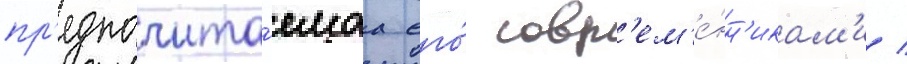
пр'едпочита́емаа его́ совр'ем'е́нн'икам'и /